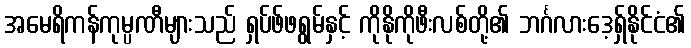
အမေရိကန်ကုမ္ပဏီများသည် ရှပ်ဖ်ဖရွမ်နှင့် ကိုနိုကိုဖီးလစ်တို့၏ ဘင်္ဂလားဒေ့ရှ်နိုင်ငံ၏